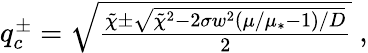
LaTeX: \begin{array}{r}{q_{c}^{\pm}=\sqrt{\frac{\tilde{\chi}\pm\sqrt{\tilde{\chi}^{2}-2\sigma w^{2}(\mu/\mu_{*}-1)/D}}{2}}\; ,}\end{array}